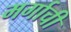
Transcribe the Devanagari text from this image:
मर्गाची